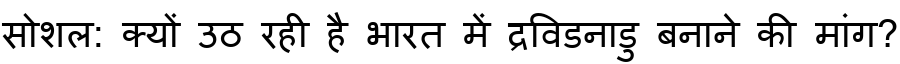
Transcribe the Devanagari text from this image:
सोशल: क्यों उठ रही है भारत में द्रविडनाडु बनाने की मांग?